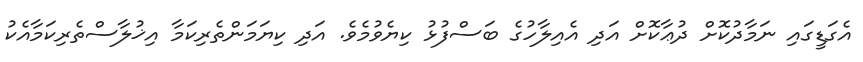
އެގަޑީގައި ނަމާދުކޮށް ދުޢާކޮށް އަދި އެއިލާހުގެ ބަސްފުޅު ކިޔެވުމެވެ. އަދި ކިޔަމަންތެރިކަމާ އިޚުލާސްތެރިކަމާއެކު